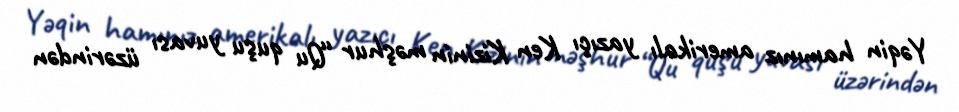
Yəqin hamınız amerikalı yazıçı Ken Kizinin məşhur “Qu quşu yuvası üzərindən